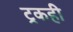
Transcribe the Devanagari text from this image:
ट्रकही